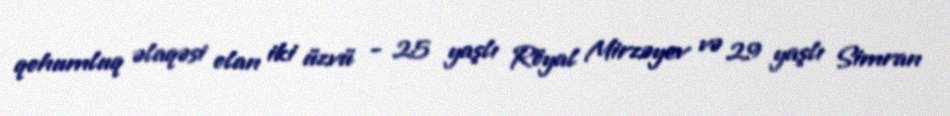
qohumluq əlaqəsi olan iki üzvü - 25 yaşlı Röyal Mirzəyev və 29 yaşlı Simran